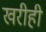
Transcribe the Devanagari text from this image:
खरीही